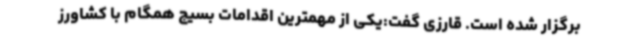
برگزار شده است. قارزی گفت:یکی از مهمترین اقدامات بسیج همگام با کشاورز